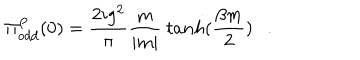
\Pi _ { o d d } ^ { P } ( 0 ) = \frac { 2 i g ^ { 2 } } { \pi } \frac { m } { | m | } ~ t a n h ( \frac { \beta m } { 2 } ) .